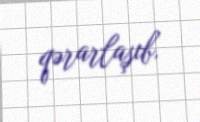
qərarlaşıb.